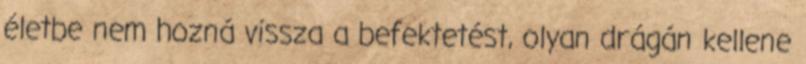
életbe nem hozná vissza a befektetést, olyan drágán kellene